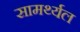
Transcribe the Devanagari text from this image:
सामर्थ्यल